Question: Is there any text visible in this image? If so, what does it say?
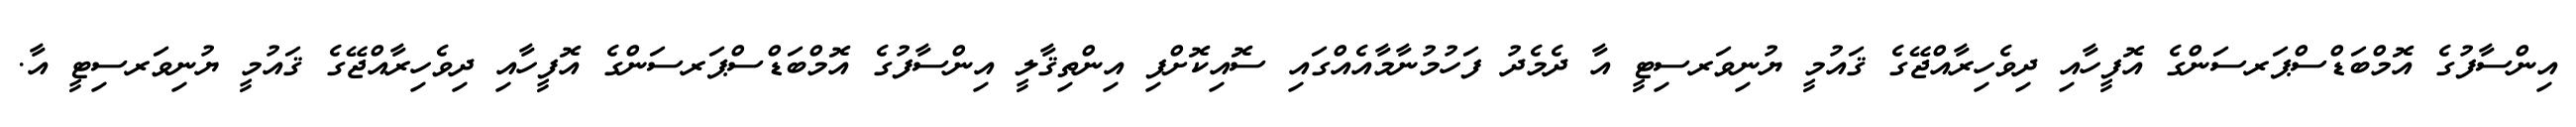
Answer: އިންސާފުގެ އޮމްބަޑްސްޕަރސަންގެ އޮފީހާއި ދިވެހިރާއްޖޭގެ ޤައުމީ ޔުނިވަރސިޓީ އާ ދެމެދު ފަހުމުނާމާއެއްގައި ސޮއިކޮށްފި އިންތިޤާލީ އިންސާފުގެ އޮމްބަޑްސްޕަރސަންގެ އޮފީހާއި ދިވެހިރާއްޖޭގެ ޤައުމީ ޔުނިވަރސިޓީ އާ.